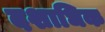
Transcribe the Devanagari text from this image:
दशाधिक